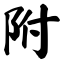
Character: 附